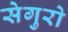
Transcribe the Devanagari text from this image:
सेगुरो